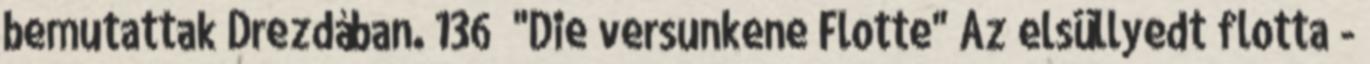
bemutattak Drezdában. 136 "Die versunkene Flotte" Az elsüllyedt flotta -